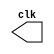
// ---------------------
// Guia 09_02 - Gerador de pulso
// Nome: Mrcia Cibele Martins Carneiro 
// ---------------------

//Implementar um gerador de pulsos com frequncia igual ao triplo da frequncia (um tero do perodo) do "clock".
//Gerar a carta de tempo do circuito para ambos os sinais.

// -------------------------------------------------------------------------------------------------------------------------------------------------------------------

module clock ( clk ); 
	
	output clk; 
	reg clk; 

initial 
	begin 
		clk = 1'b0; 
	end 

always 
	begin 
		#60 clk = ~clk; 
	end 
endmodule 

module pulse ( signal, clock ); 
	
	input clock; 
	output signal; 
	reg signal; 
	
always @ ( clock ) 
	begin 
		 signal = 1'b0; 
	#180 signal = 1'b1; 
	#180 signal = 1'b0; 
  
end 
endmodule 

		
module trigger ( signal, on, clock ); 

	input on, clock; 
	output signal; 
	reg signal; 
	
always @ ( negedge clock & on ) 
	begin 
		#60 signal = 1'b1; 
		#60 signal = 1'b0; 
end 
endmodule  

module testeclock_triplofrequencia; 

	wire clk; 
	clock clk1 ( clk ); 
	reg p; 
	wire p1, t1; 
	pulse pulse1 ( p1, clk ); 

initial begin 
	p = 1'b0; 
end 

initial begin 
$dumpfile ( "testeclock_triplofrequencia.vcd" ); 
$dumpvars ( 1, clk, p1, p ); 
	#060 p = 1'b1; 
	#120 p = 1'b0; 
	#180 p = 1'b1; 
	#240 p = 1'b0; 
	#300 p = 1'b1; 
	#360 p = 1'b0; 
	#376 $finish; 
end 
endmodule